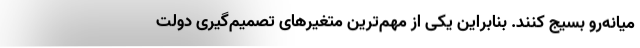
میانه‌رو بسیج کنند. بنابراین یکی از مهم‌ترین متغیرهای تصمیم‌گیری دولت